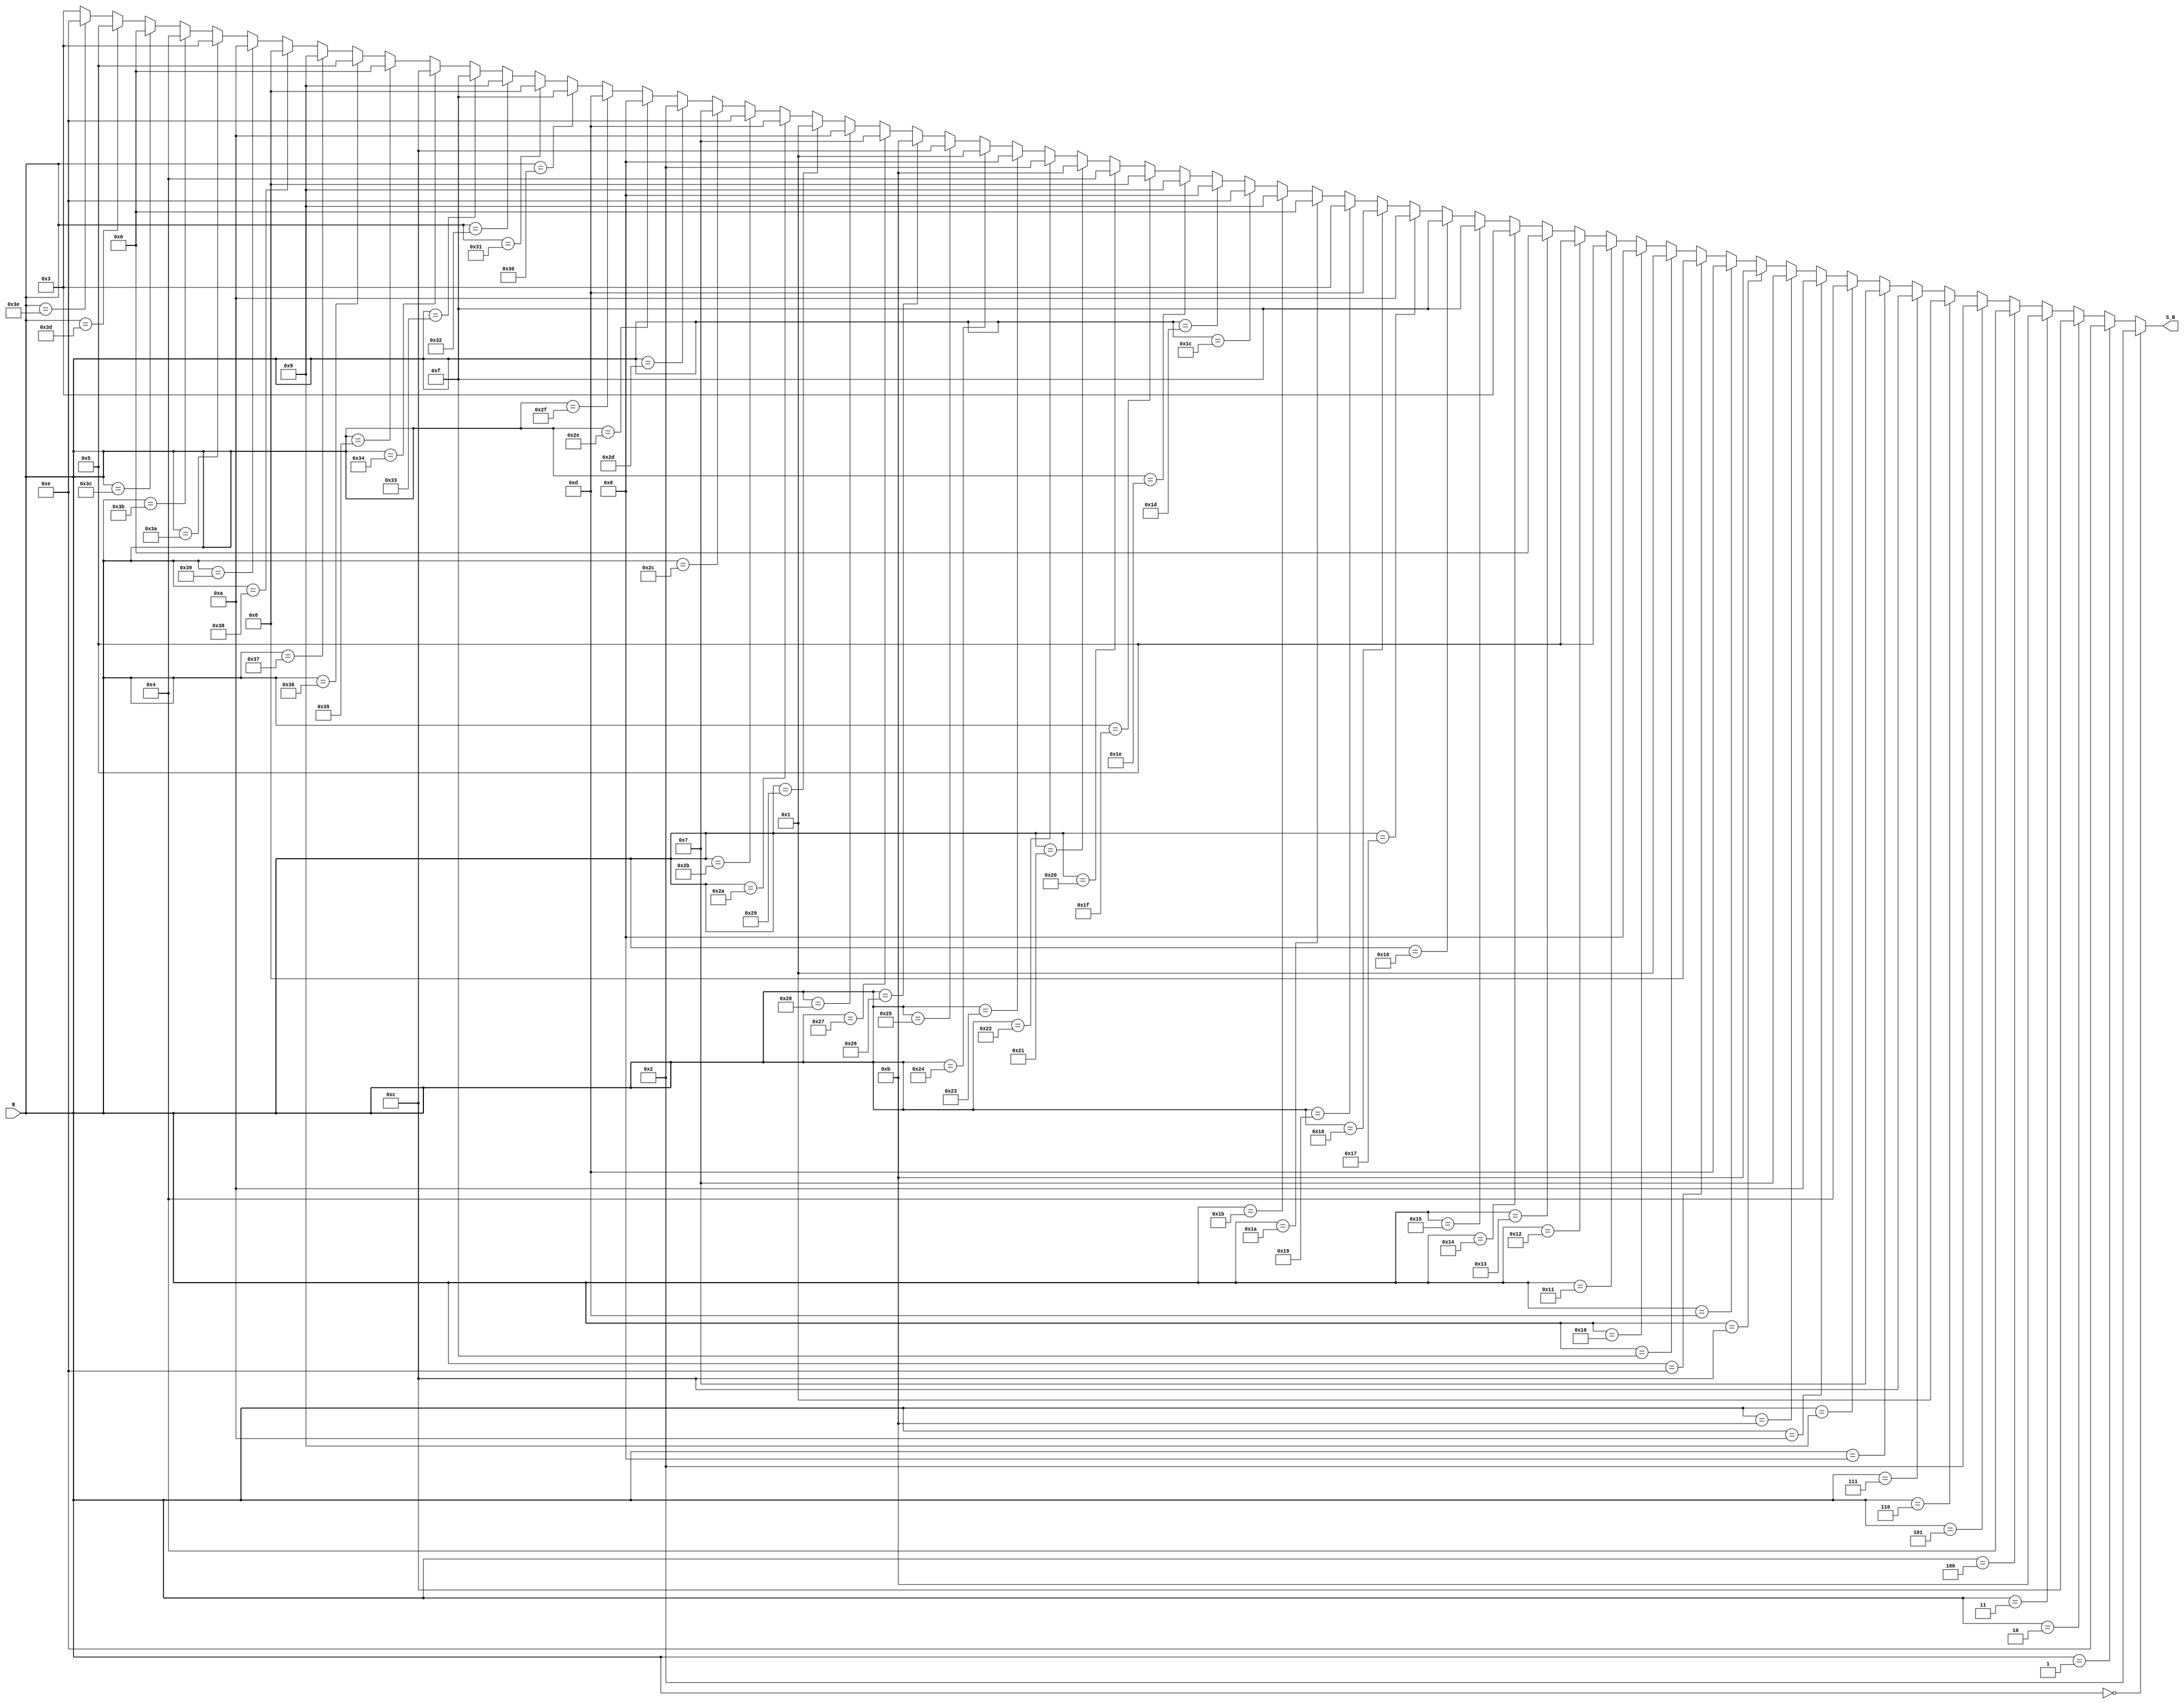
module S5(
    input [5:0] B,
    output [3:0] S_B
    );
assign S_B =  (B == 0) ? 4'b10 :
 (B == 1) ? 4'b1110 :
 (B == 2) ? 4'b1100 :
 (B == 3) ? 4'b1011 :
 (B == 4) ? 4'b100 :
 (B == 5) ? 4'b10 :
 (B == 6) ? 4'b1 :
 (B == 7) ? 4'b1100 :
 (B == 8) ? 4'b111 :
 (B == 9) ? 4'b100 :
 (B == 10) ? 4'b1010 :
 (B == 11) ? 4'b111 :
 (B == 12) ? 4'b1011 :
 (B == 13) ? 4'b1101 :
 (B == 14) ? 4'b110 :
 (B == 15) ? 4'b1 :
 (B == 16) ? 4'b1000 :
 (B == 17) ? 4'b101 :
 (B == 18) ? 4'b101 :
 (B == 19) ? 4'b0 :
 (B == 20) ? 4'b11 :
 (B == 21) ? 4'b1111 :
 (B == 22) ? 4'b1111 :
 (B == 23) ? 4'b1010 :
 (B == 24) ? 4'b1101 :
 (B == 25) ? 4'b11 :
 (B == 26) ? 4'b0 :
 (B == 27) ? 4'b1001 :
 (B == 28) ? 4'b1110 :
 (B == 29) ? 4'b1000 :
 (B == 30) ? 4'b1001 :
 (B == 31) ? 4'b110 :
 (B == 32) ? 4'b100 :
 (B == 33) ? 4'b1011 :
 (B == 34) ? 4'b10 :
 (B == 35) ? 4'b1000 :
 (B == 36) ? 4'b1 :
 (B == 37) ? 4'b1100 :
 (B == 38) ? 4'b1011 :
 (B == 39) ? 4'b111 :
 (B == 40) ? 4'b1010 :
 (B == 41) ? 4'b1 :
 (B == 42) ? 4'b1101 :
 (B == 43) ? 4'b1110 :
 (B == 44) ? 4'b111 :
 (B == 45) ? 4'b10 :
 (B == 46) ? 4'b1000 :
 (B == 47) ? 4'b1101 :
 (B == 48) ? 4'b1111 :
 (B == 49) ? 4'b110 :
 (B == 50) ? 4'b1001 :
 (B == 51) ? 4'b1111 :
 (B == 52) ? 4'b1100 :
 (B == 53) ? 4'b0 :
 (B == 54) ? 4'b101 :
 (B == 55) ? 4'b1001 :
 (B == 56) ? 4'b110 :
 (B == 57) ? 4'b1010 :
 (B == 58) ? 4'b11 :
 (B == 59) ? 4'b100 :
 (B == 60) ? 4'b0 :
 (B == 61) ? 4'b101 :
 (B == 62) ? 4'b1110 :
  4'b11;
endmodule